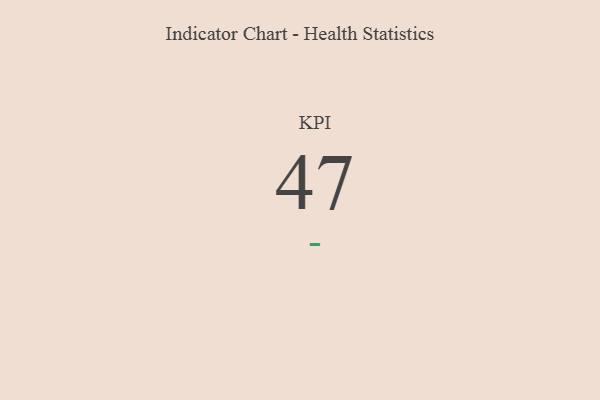
{"axis": {"x": "KPI", "y": "Value"}, "legend": [""], "data": [{"x": "KPI", "y": 47, "type": ""}]}